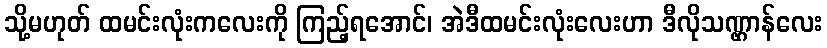
သို့မဟုတ် ထမင်းလုံးကလေးကို ကြည့်ရအောင်၊ အဲဒီထမင်းလုံးလေးဟာ ဒီလိုသဏ္ဌာန်လေး